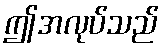
ဤအလုပ်သည်